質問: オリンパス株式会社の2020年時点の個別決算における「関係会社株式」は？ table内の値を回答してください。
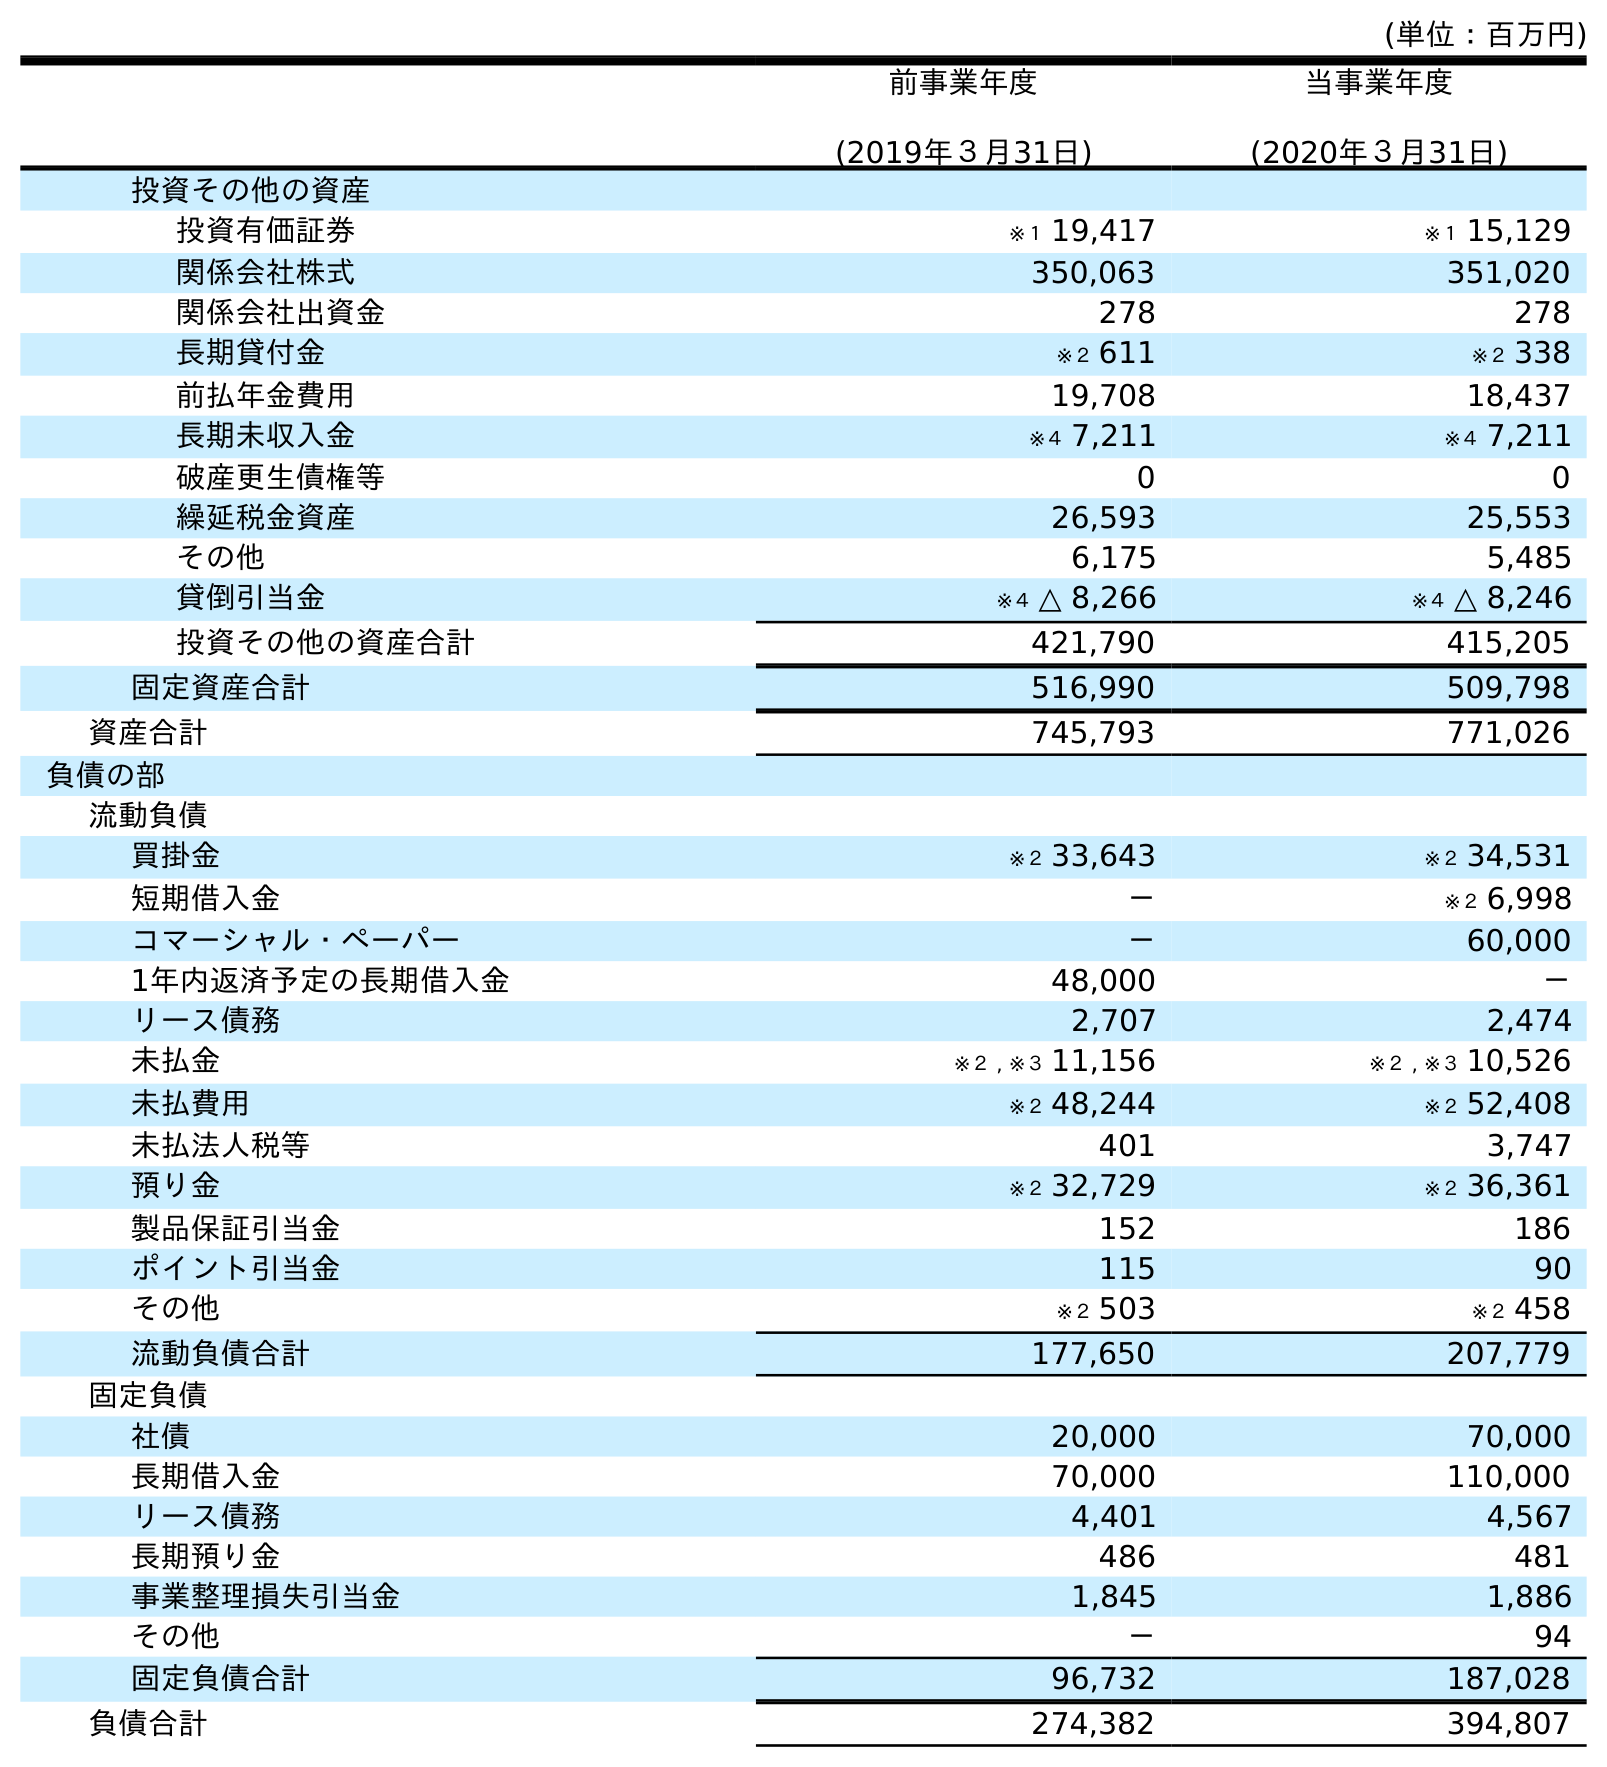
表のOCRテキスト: (単位：百万円) 前事業年度 (2019年３月31日) 当事業年度 (2020年３月31日) 投資その他の資産 投資有価証券 ※１ 19,417 ※１ 15,129 関係会社株式 350,063 351,020 関係会社出資金 278 278 長期貸付金 ※２ 611 ※２ 338 前払年金費用 19,708 18,437 長期未収入金 ※４ 7,211 ※４ 7,211 破産更生債権等 0 0 繰延税金資産 26,593 25,553 その他 6,175 5,485 貸倒引当金 ※４ △ 8,266 ※４ △ 8,246 投資その他の資産合計 421,790 415,205 固定資産合計 516,990 509,798 資産合計 745,793 771,026 負債の部 流動負債 買掛金 ※２ 33,643 ※２ 34,531 短期借入金 － ※２ 6,998 コマーシャル・ペーパー － 60,000 1年内返済予定の長期借入金 48,000 － リース債務 2,707 2,474 未払金 ※２ , ※３ 11,156 ※２ , ※３ 10,526 未払費用 ※２ 48,244 ※２ 52,408 未払法人税等 401 3,747 預り金 ※２ 32,729 ※２ 36,361 製品保証引当金 152 186 ポイント引当金 115 90 その他 ※２ 503 ※２ 458 流動負債合計 177,650 207,779 固定負債 社債 20,000 70,000 長期借入金 70,000 110,000 リース債務 4,401 4,567 長期預り金 486 481 事業整理損失引当金 1,845 1,886 その他 － 94 固定負債合計 96,732 187,028 負債合計 274,382 394,807
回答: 351,020